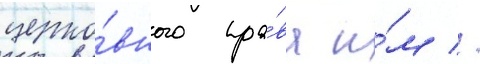
церко́вного пра́ва и́м //